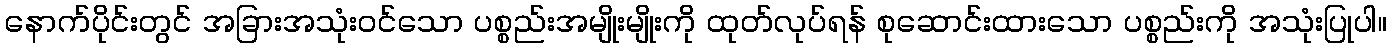
နောက်ပိုင်းတွင် အခြားအသုံးဝင်သော ပစ္စည်းအမျိုးမျိုးကို ထုတ်လုပ်ရန် စုဆောင်းထားသော ပစ္စည်းကို အသုံးပြုပါ။